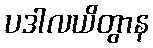
ပဒါလယိတွာန